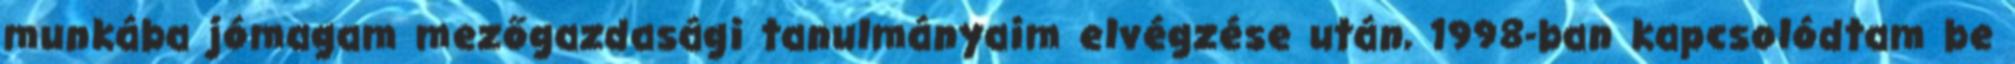
munkába jómagam mezőgazdasági tanulmányaim elvégzése után, 1998-ban kapcsolódtam be